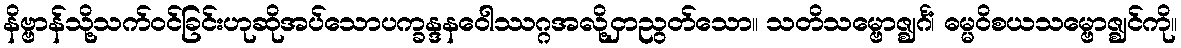
နိဗ္ဗာန်သို့သက်ဝင်ခြင်းဟုဆိုအပ်သောပက္ခန္ဒနဝေါဿဂ္ဂအလို့ငှာညွတ်သော။ သတိသမ္ဗောဇ္ဈင်္ဂံ၊ ဓမ္မဝိစယသမ္ဗောဇ္ဈင်ကို။